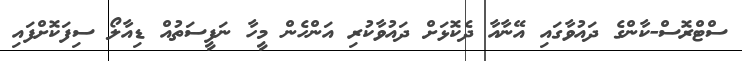
ސްޓްރޮސް-ކާންގެ ދައުވާގައި އޭނާއާ ދެކޮޅަށް ދައުވާކުރި އަންހެން މީހާ ނަފީސަތުއް ޑިއާލޯ ސިފަކޮށްފައި